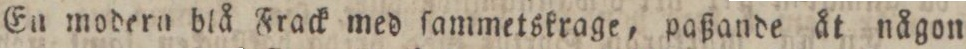
En modern blå Frack med ſammetskrage, paßande åt någon